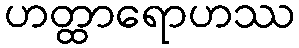
ဟတ္ထာရောဟဿ